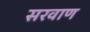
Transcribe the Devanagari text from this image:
सरवाण